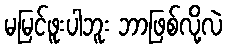
မမြင်ဖူးပါဘူး ဘာဖြစ်လို့လဲ